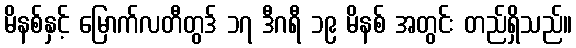
မိနစ်နှင့် မြောက်လတီတွဒ် ၁၇ ဒီဂရီ ၁၉ မိနစ် အတွင်း တည်ရှိသည်။